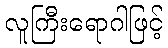
လူကြီးရောဂါဖြင့်